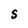
Character: S